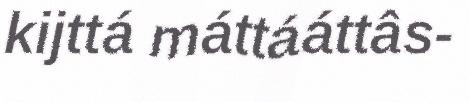
kijttá máttááttâs-